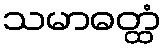
သမာဓတ္ထံ